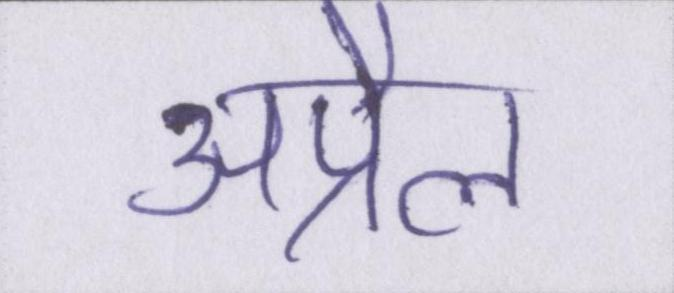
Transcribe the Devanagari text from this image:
अप्रैल